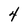
Character: 4